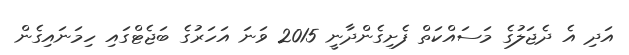
އަދި އެ ދެޖަލުގެ މަސައްކަތް ފެށިގެންދާނީ 2015 ވަނަ އަހަރުގެ ބަޖެޓްގައި ހިމަނައިގެން